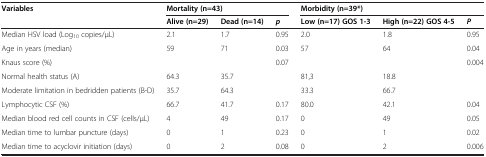
<table><thead><tr><td><b>Variables</b></td><td colspan="3"><b>Mortality (n=43)</b></td><td colspan="3"><b>Morbidity (n=39*)</b></td></tr><tr><td><b> </b></td><td><b>Alive (n=29)</b></td><td><b>Dead (n=14)</b></td><td><b><i>p</i></b></td><td><b>Low (n=17) GOS 1-3</b></td><td><b>High (n=22) GOS 4-5</b></td><td><b><i>P</i></b></td></tr></thead><tbody><tr><td>Median HSV load (Log<sub>10</sub> copies/μL)</td><td>2.1</td><td>1.7</td><td>0.95</td><td>2.0</td><td>1.8</td><td>0.95</td></tr><tr><td>Age in years (median)</td><td>59</td><td>71</td><td>0.03</td><td>57</td><td>64</td><td>0.04</td></tr><tr><td>Knaus score (%)</td><td> </td><td> </td><td>0.07</td><td> </td><td> </td><td>0.004</td></tr><tr><td>Normal health status (A)</td><td>64.3</td><td>35.7</td><td> </td><td>81,3</td><td>18.8</td><td> </td></tr><tr><td>Moderate limitation in bedridden patients (B-D)</td><td>35.7</td><td>64.3</td><td> </td><td>33.3</td><td>66.7</td><td> </td></tr><tr><td>Lymphocytic CSF (%)</td><td>66.7</td><td>41.7</td><td>0.17</td><td>80.0</td><td>42.1</td><td>0.04</td></tr><tr><td>Median blood red cell counts in CSF (cells/μL)</td><td>4</td><td>49</td><td>0.17</td><td>0</td><td>49</td><td>0.05</td></tr><tr><td>Median time to lumbar puncture (days)</td><td>0</td><td>1</td><td>0.23</td><td>0</td><td>1</td><td>0.02</td></tr><tr><td>Median time to acyclovir initiation (days)</td><td>0</td><td>2</td><td>0.08</td><td>0</td><td>2</td><td>0.006</td></tr></tbody></table>